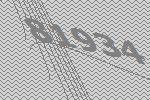
81934